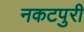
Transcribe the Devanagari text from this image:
नकटपुरी